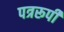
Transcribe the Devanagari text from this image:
पत्ररूपी